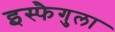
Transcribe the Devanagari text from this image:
इस्फैगुला